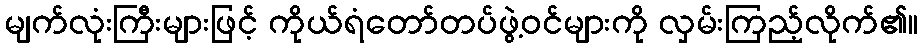
မျက်လုံးကြီးများဖြင့် ကိုယ်ရံတော်တပ်ဖွဲ့ဝင်များကို လှမ်းကြည့်လိုက်၏။